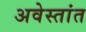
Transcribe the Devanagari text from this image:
अवेस्तांत